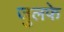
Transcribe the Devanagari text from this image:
जुलफे